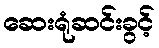
ဆေးရုံဆင်းခွင့်